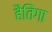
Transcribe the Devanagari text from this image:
हैतिंगा